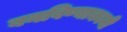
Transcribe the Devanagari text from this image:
बनविण्याकामी